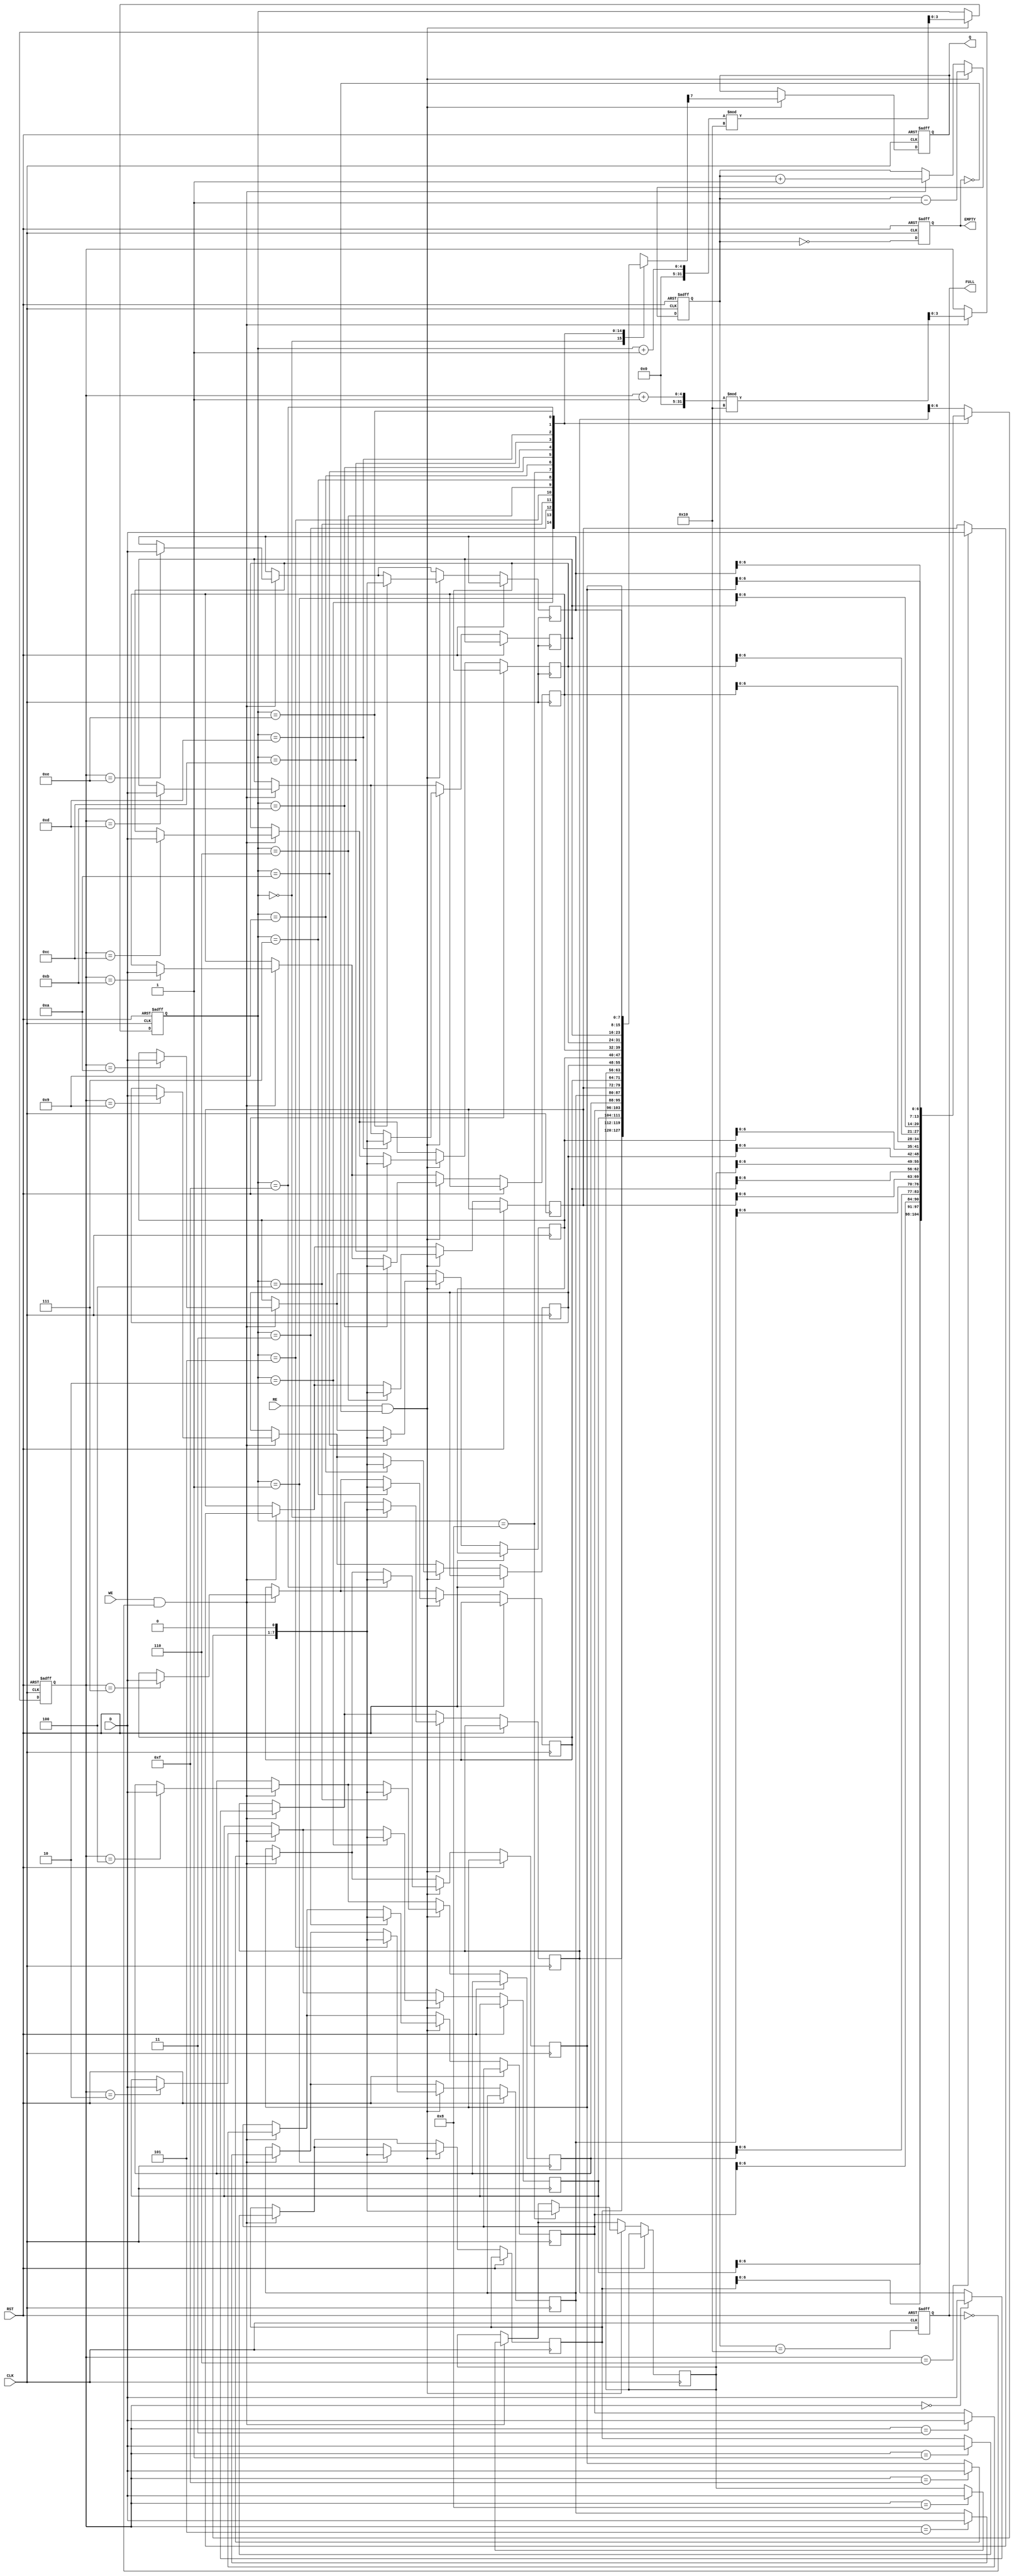
module fifo_piso #(
    parameter N = 8, // Number of bits in the FIFO
    parameter DEPTH = 16 // Depth of the FIFO (number of entries)
)(
    input wire [N-1:0] D, // Parallel Data Input
    input wire WE,         // Write Enable
    input wire RE,         // Read Enable
    input wire CLK,        // Clock
    input wire RST,        // Reset
    output reg Q,          // Serial Data Output
    output reg EMPTY,      // Empty Flag
    output reg FULL        // Full Flag
);

    reg [N-1:0] fifo_mem [0:DEPTH-1]; // Memory array to hold FIFO data
    reg [3:0] write_ptr; // Write pointer
    reg [3:0] read_ptr;  // Read pointer
    reg [4:0] count;     // Count of stored elements

    // Asynchronous reset
    always @(posedge CLK or posedge RST) begin
        if (RST) begin
            write_ptr <= 0;
            read_ptr <= 0;
            count <= 0;
            EMPTY <= 1;
            FULL <= 0;
            Q <= 0;
        end else begin
            // Write operation
            if (WE && !FULL) begin
                fifo_mem[write_ptr] <= D; // Store data in FIFO
                write_ptr <= (write_ptr + 1) % DEPTH; // Circular increment
                count <= count + 1;
            end
            
            // Read operation
            if (RE && !EMPTY) begin
                Q <= fifo_mem[read_ptr][N-1]; // Output the MSB of the current entry
                fifo_mem[read_ptr] <= {fifo_mem[read_ptr][N-2:0], 1'b0}; // Shift out
                read_ptr <= (read_ptr + 1) % DEPTH; // Circular increment
                count <= count - 1;
            end
            
            // Update EMPTY and FULL flags
            EMPTY <= (count == 0);
            FULL <= (count == DEPTH);
        end
    end

endmodule